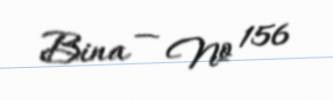
Bina — № 156